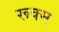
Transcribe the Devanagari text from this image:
रूक्म